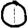
Digit: 0